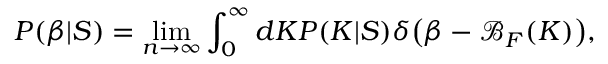
P ( \beta | S ) = \operatorname* { l i m } _ { n \rightarrow \infty } \int _ { 0 } ^ { \infty } d K P ( K | S ) \delta \big ( \beta - \mathcal { B } _ { F } ( K ) \big ) ,